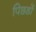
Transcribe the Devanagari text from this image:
पिछडों